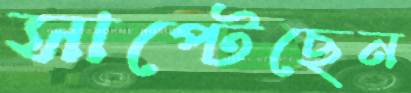
সাপ্‌টেছেন